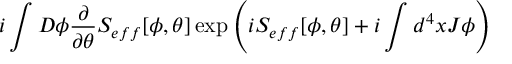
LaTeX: i \int D \phi \frac { \partial } { \partial \theta } S _ { e f f } [ \phi , \theta ] \exp \left( i S _ { e f f } [ \phi , \theta ] + i \int d ^ { 4 } x J \phi \right)